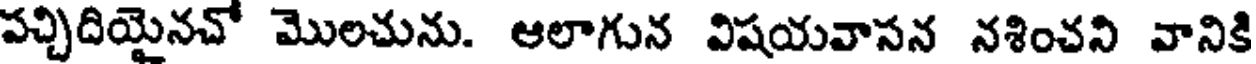
పచ్చిదియైనచో మొలచును. ఆలాగున విషయవాసన నశించని వానికి